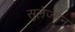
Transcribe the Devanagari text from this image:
सुलेज्मन